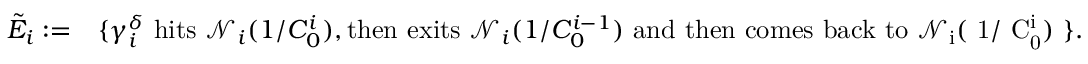
\begin{array} { r l } { \tilde { E } _ { i } : = } & { \{ \gamma _ { i } ^ { \delta } \mathrm { ~ h i t s ~ } \mathcal { N } _ { i } ( 1 / C _ { 0 } ^ { i } ) , \mathrm { t h e n ~ e x i t s ~ } \mathcal { N } _ { i } ( 1 / C _ { 0 } ^ { i - 1 } ) \mathrm { ~ a n d ~ t h e n ~ c o m e s ~ b a c k ~ t o ~ \mathcal { N } _ i ( ~ 1 / ~ C _ 0 ^ i ) ~ } \} . } \end{array}